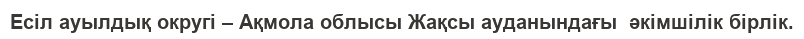
Есіл ауылдық округі – Ақмола облысы Жақсы ауданындағы  әкімшілік бірлік.